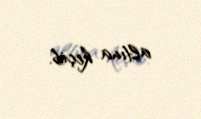
altına keçib.